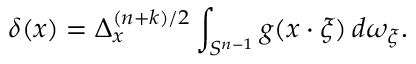
\delta ( x ) = \Delta _ { x } ^ { ( n + k ) / 2 } \int _ { S ^ { n - 1 } } g ( x \cdot \xi ) \, d \omega _ { \xi } .